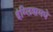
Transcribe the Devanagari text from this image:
इंग्लिशमधे